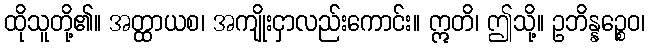
ထိုသူတို့၏။ အတ္ထာယစ၊ အကျိုးငှာလည်းကောင်း။ ဣတိ၊ ဤသို့။ ဥဘိန္နဉ္စေဝ၊